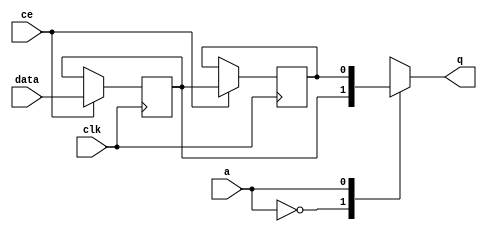
// ==============================================================
// Vitis HLS - High-Level Synthesis from C, C++ and OpenCL v2020.2 (64-bit)
// Copyright 1986-2020 Xilinx, Inc. All Rights Reserved.
// ==============================================================

`timescale 1 ns / 1 ps

module optical_flow_start_for_gradient_xy_calc_U0_shiftReg (
    clk,
    data,
    ce,
    a,
    q);

parameter DATA_WIDTH = 32'd1;
parameter ADDR_WIDTH = 32'd1;
parameter DEPTH = 2'd2;

input clk;
input [DATA_WIDTH-1:0] data;
input ce;
input [ADDR_WIDTH-1:0] a;
output [DATA_WIDTH-1:0] q;

reg[DATA_WIDTH-1:0] SRL_SIG [0:DEPTH-1];
integer i;

always @ (posedge clk)
    begin
        if (ce)
        begin
            for (i=0;i<DEPTH-1;i=i+1)
                SRL_SIG[i+1] <= SRL_SIG[i];
            SRL_SIG[0] <= data;
        end
    end

assign q = SRL_SIG[a];

endmodule

module optical_flow_start_for_gradient_xy_calc_U0 (
    clk,
    reset,
    if_empty_n,
    if_read_ce,
    if_read,
    if_dout,
    if_full_n,
    if_write_ce,
    if_write,
    if_din);

parameter MEM_STYLE   = "shiftreg";
parameter DATA_WIDTH  = 32'd1;
parameter ADDR_WIDTH  = 32'd1;
parameter DEPTH       = 2'd2;

input clk;
input reset;
output if_empty_n;
input if_read_ce;
input if_read;
output[DATA_WIDTH - 1:0] if_dout;
output if_full_n;
input if_write_ce;
input if_write;
input[DATA_WIDTH - 1:0] if_din;

wire[ADDR_WIDTH - 1:0] shiftReg_addr ;
wire[DATA_WIDTH - 1:0] shiftReg_data, shiftReg_q;
wire                     shiftReg_ce;
reg[ADDR_WIDTH:0] mOutPtr = ~{(ADDR_WIDTH+1){1'b0}};
reg internal_empty_n = 0;
reg internal_full_n = 1;

assign if_full_n = internal_full_n;
assign if_empty_n = internal_empty_n;
assign shiftReg_data = if_din;
assign if_dout = shiftReg_q;

always @ (posedge clk) begin
    if (reset == 1'b1)
    begin
        mOutPtr <= ~{ADDR_WIDTH+1{1'b0}};
        internal_empty_n <= 1'b0;
        internal_full_n <= 1'b1;
    end
    else begin
        if (((if_read & if_read_ce) == 1 & internal_empty_n == 1) && 
            ((if_write & if_write_ce) == 0 | internal_full_n == 0))
        begin
            mOutPtr <= mOutPtr - 2'd1;
            if (mOutPtr == 2'd0)
                internal_empty_n <= 1'b0;
            internal_full_n <= 1'b1;
        end 
        else if (((if_read & if_read_ce) == 0 | internal_empty_n == 0) && 
            ((if_write & if_write_ce) == 1 & internal_full_n == 1))
        begin
            mOutPtr <= mOutPtr + 2'd1;
            internal_empty_n <= 1'b1;
            if (mOutPtr == DEPTH - 2'd2)
                internal_full_n <= 1'b0;
        end 
    end
end

assign shiftReg_addr = mOutPtr[ADDR_WIDTH] == 1'b0 ? mOutPtr[ADDR_WIDTH-1:0]:{ADDR_WIDTH{1'b0}};
assign shiftReg_ce = (if_write & if_write_ce) & internal_full_n;

optical_flow_start_for_gradient_xy_calc_U0_shiftReg 
#(
    .DATA_WIDTH(DATA_WIDTH),
    .ADDR_WIDTH(ADDR_WIDTH),
    .DEPTH(DEPTH))
U_optical_flow_start_for_gradient_xy_calc_U0_ram (
    .clk(clk),
    .data(shiftReg_data),
    .ce(shiftReg_ce),
    .a(shiftReg_addr),
    .q(shiftReg_q));

endmodule